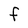
Character: f